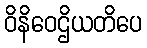
ဝိနိဝေဌိယတိပေ